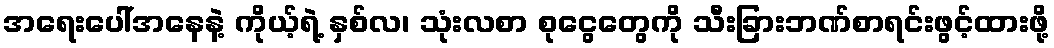
အရေးပေါ်အနေနဲ့ ကိုယ့်ရဲ့ နှစ်လ၊ သုံးလစာ စုငွေတွေကို သီးခြားဘဏ်စာရင်းဖွင့်ထားဖို့